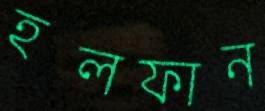
হলফান